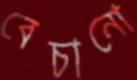
বেচানো